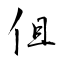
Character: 伹